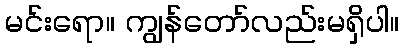
မင်းရော။ ကျွန်တော်လည်းမရှိပါ။